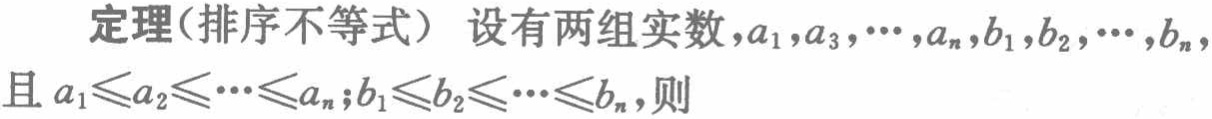
定理(排序不等式) 设有两组实数,$a_{1},a_{3},\cdots,a_{n},b_{1},b_{2},\cdots,b_{n}$,且$a_{1}\leqslant a_{2}\leqslant\cdots\leqslant a_{n};b_{1}\leqslant b_{2}\leqslant\cdots\leqslant b_{n}$,则